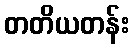
တတိယတန်း